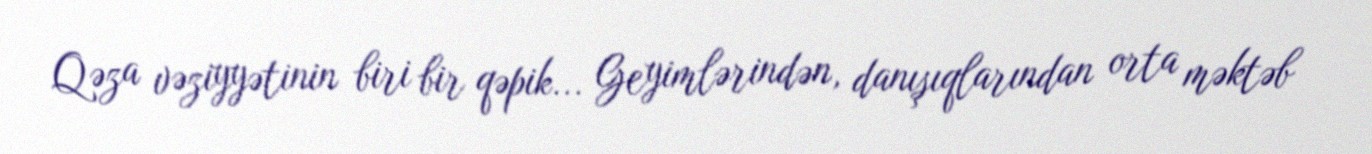
Qəza vəziyyətinin biri bir qəpik... Geyimlərindən, danışıqlarından orta məktəb